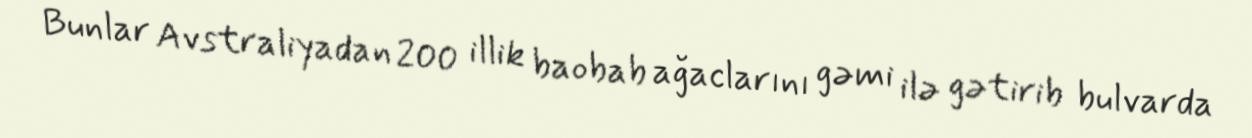
Bunlar Avstraliyadan 200 illik baobab ağaclarını gəmi ilə gətirib bulvarda